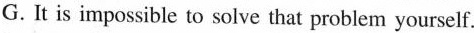
G. It is impossible to solve that problem yourself.